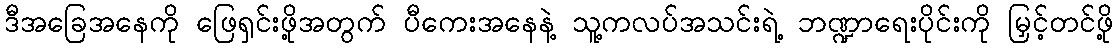
ဒီအခြေအနေကို ဖြေရှင်းဖို့အတွက် ပီကေးအနေနဲ့ သူ့ကလပ်အသင်းရဲ့ ဘဏ္ဍာရေးပိုင်းကို မြှင့်တင်ဖို့